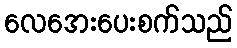
လေအေးပေးစက်သည်